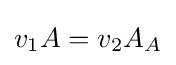
v_{1}A=v_{2}A_{A}